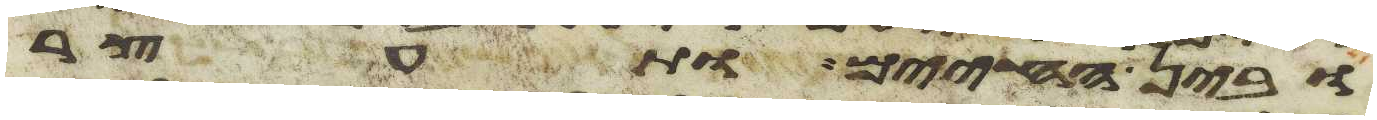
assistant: ובין החיים ותעצר